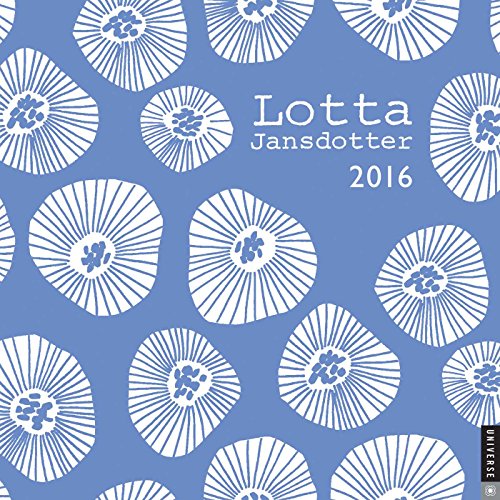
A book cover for Lotta Jansdotter 2016 Wall Calendar; Lotta Jansdotter; Calendars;